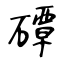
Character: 磹